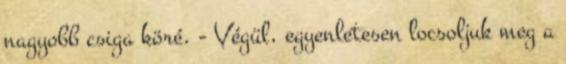
nagyobb csiga köré. - Végül, egyenletesen locsoljuk meg a